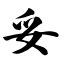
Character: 妥